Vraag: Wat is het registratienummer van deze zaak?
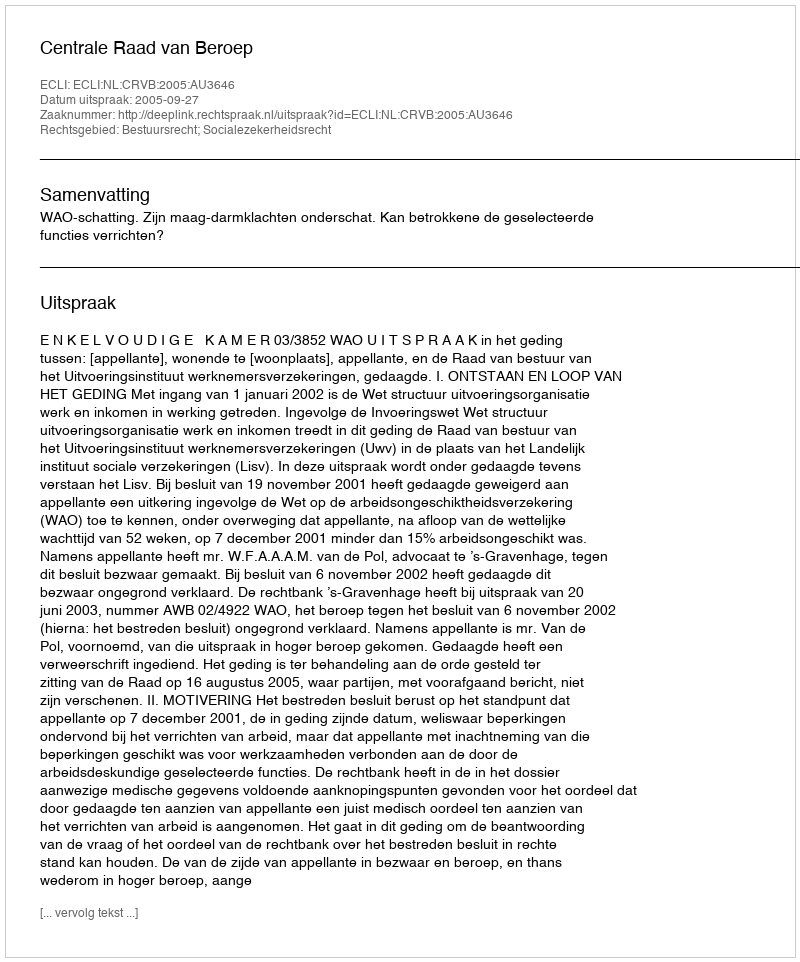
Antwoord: http://deeplink.rechtspraak.nl/uitspraak?id=ECLI:NL:CRVB:2005:AU3646